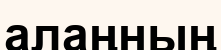
алаңның